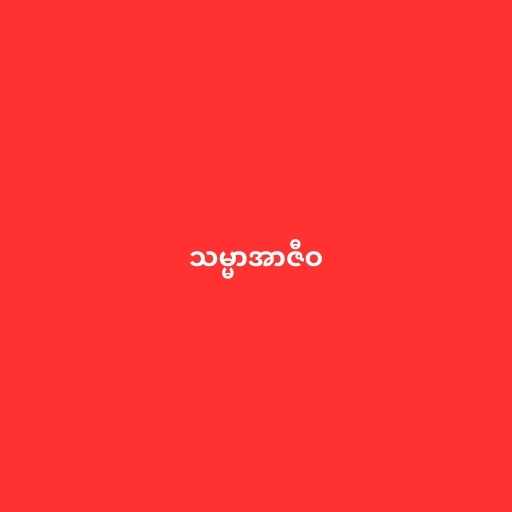
သမ္မာအာဇီဝ